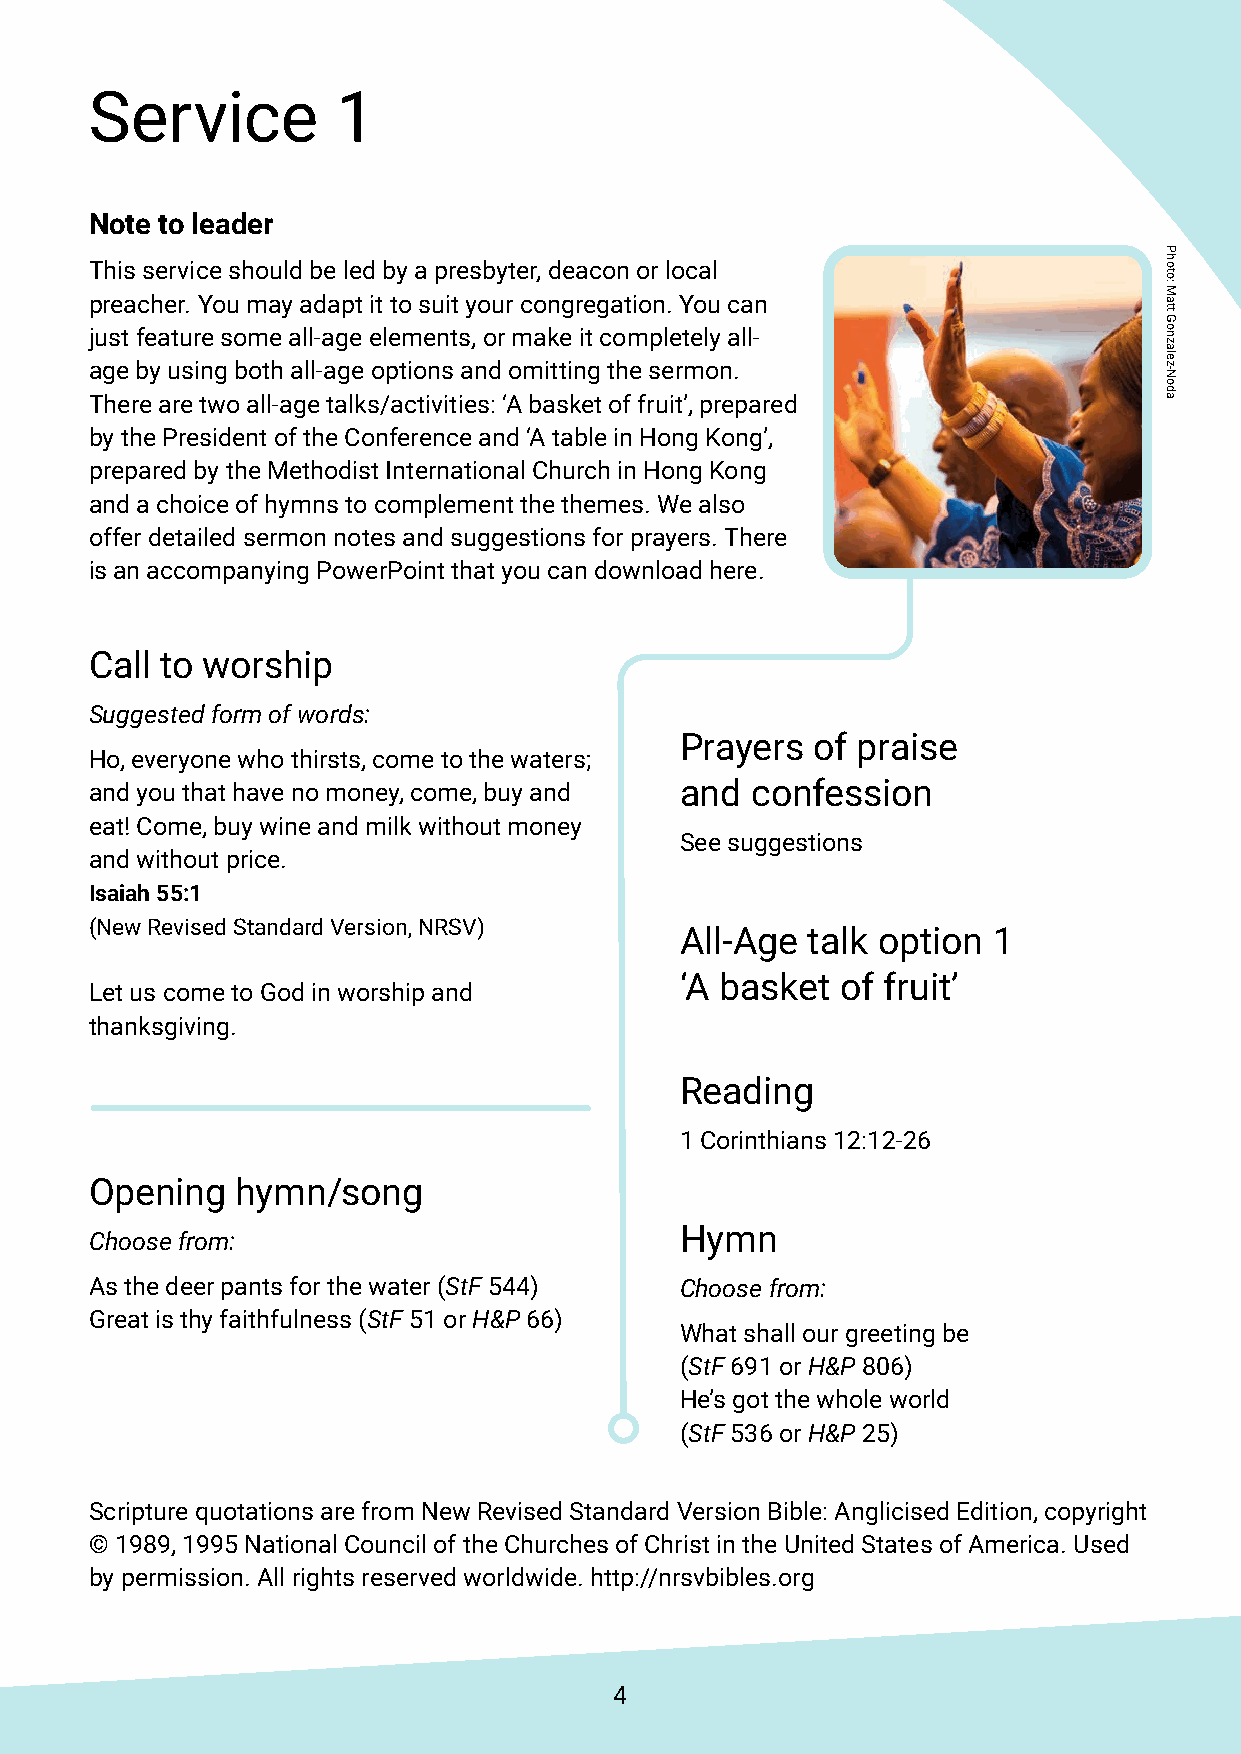
Service         1
 Note to leader
 This service should be led by a presbyter, deacon or local
 preacher. You may adapt it to suit your congregation. You can
 just feature some all-age elements, or make it completely all-
 age by using both all-age options and omitting the sermon.
 There are two all-age talks/activities: ‘A basket of fruit’, prepared
 by the President of the Conference and ‘A table in Hong Kong’,
 prepared by the Methodist International Church in Hong Kong
 and a choice of hymns to complement the themes. We also
 offer detailed sermon notes and suggestions for prayers. There
 is an accompanying PowerPoint that you can download here.
 Call to worship
 Suggested form of words:
 Prayers  of praise
 Ho, everyone who thirsts, come to the waters;
 and you that have no money, come, buy and and confession
 eat! Come, buy wine and milk without money
 See suggestions
 and without price.
 Isaiah 55:1
 (New Revised Standard Version, NRSV)
 All-Age talk option  1
 ‘A basket  of fruit’
 Let us come to God in worship and
 thanksgiving.
 Reading
 1 Corinthians 12:12-26
 Opening   hymn/song
 Hymn
 Choose from:
 As the deer pants for the water (StF 544) Choose from:
 Great is thy faithfulness (StF 51 or H&P 66)
 What shall our greeting be
 (StF 691 or H&P 806)
 He’s got the whole world
 (StF 536 or H&P 25)
 Scripture quotations are from New Revised Standard Version Bible: Anglicised Edition, copyright
 © 1989, 1995 National Council of the Churches of Christ in the United States of America. Used
 by permission. All rights reserved worldwide. http://nrsvbibles.org
 4
 Photo:
 Matt
 Gonzalez-Noda